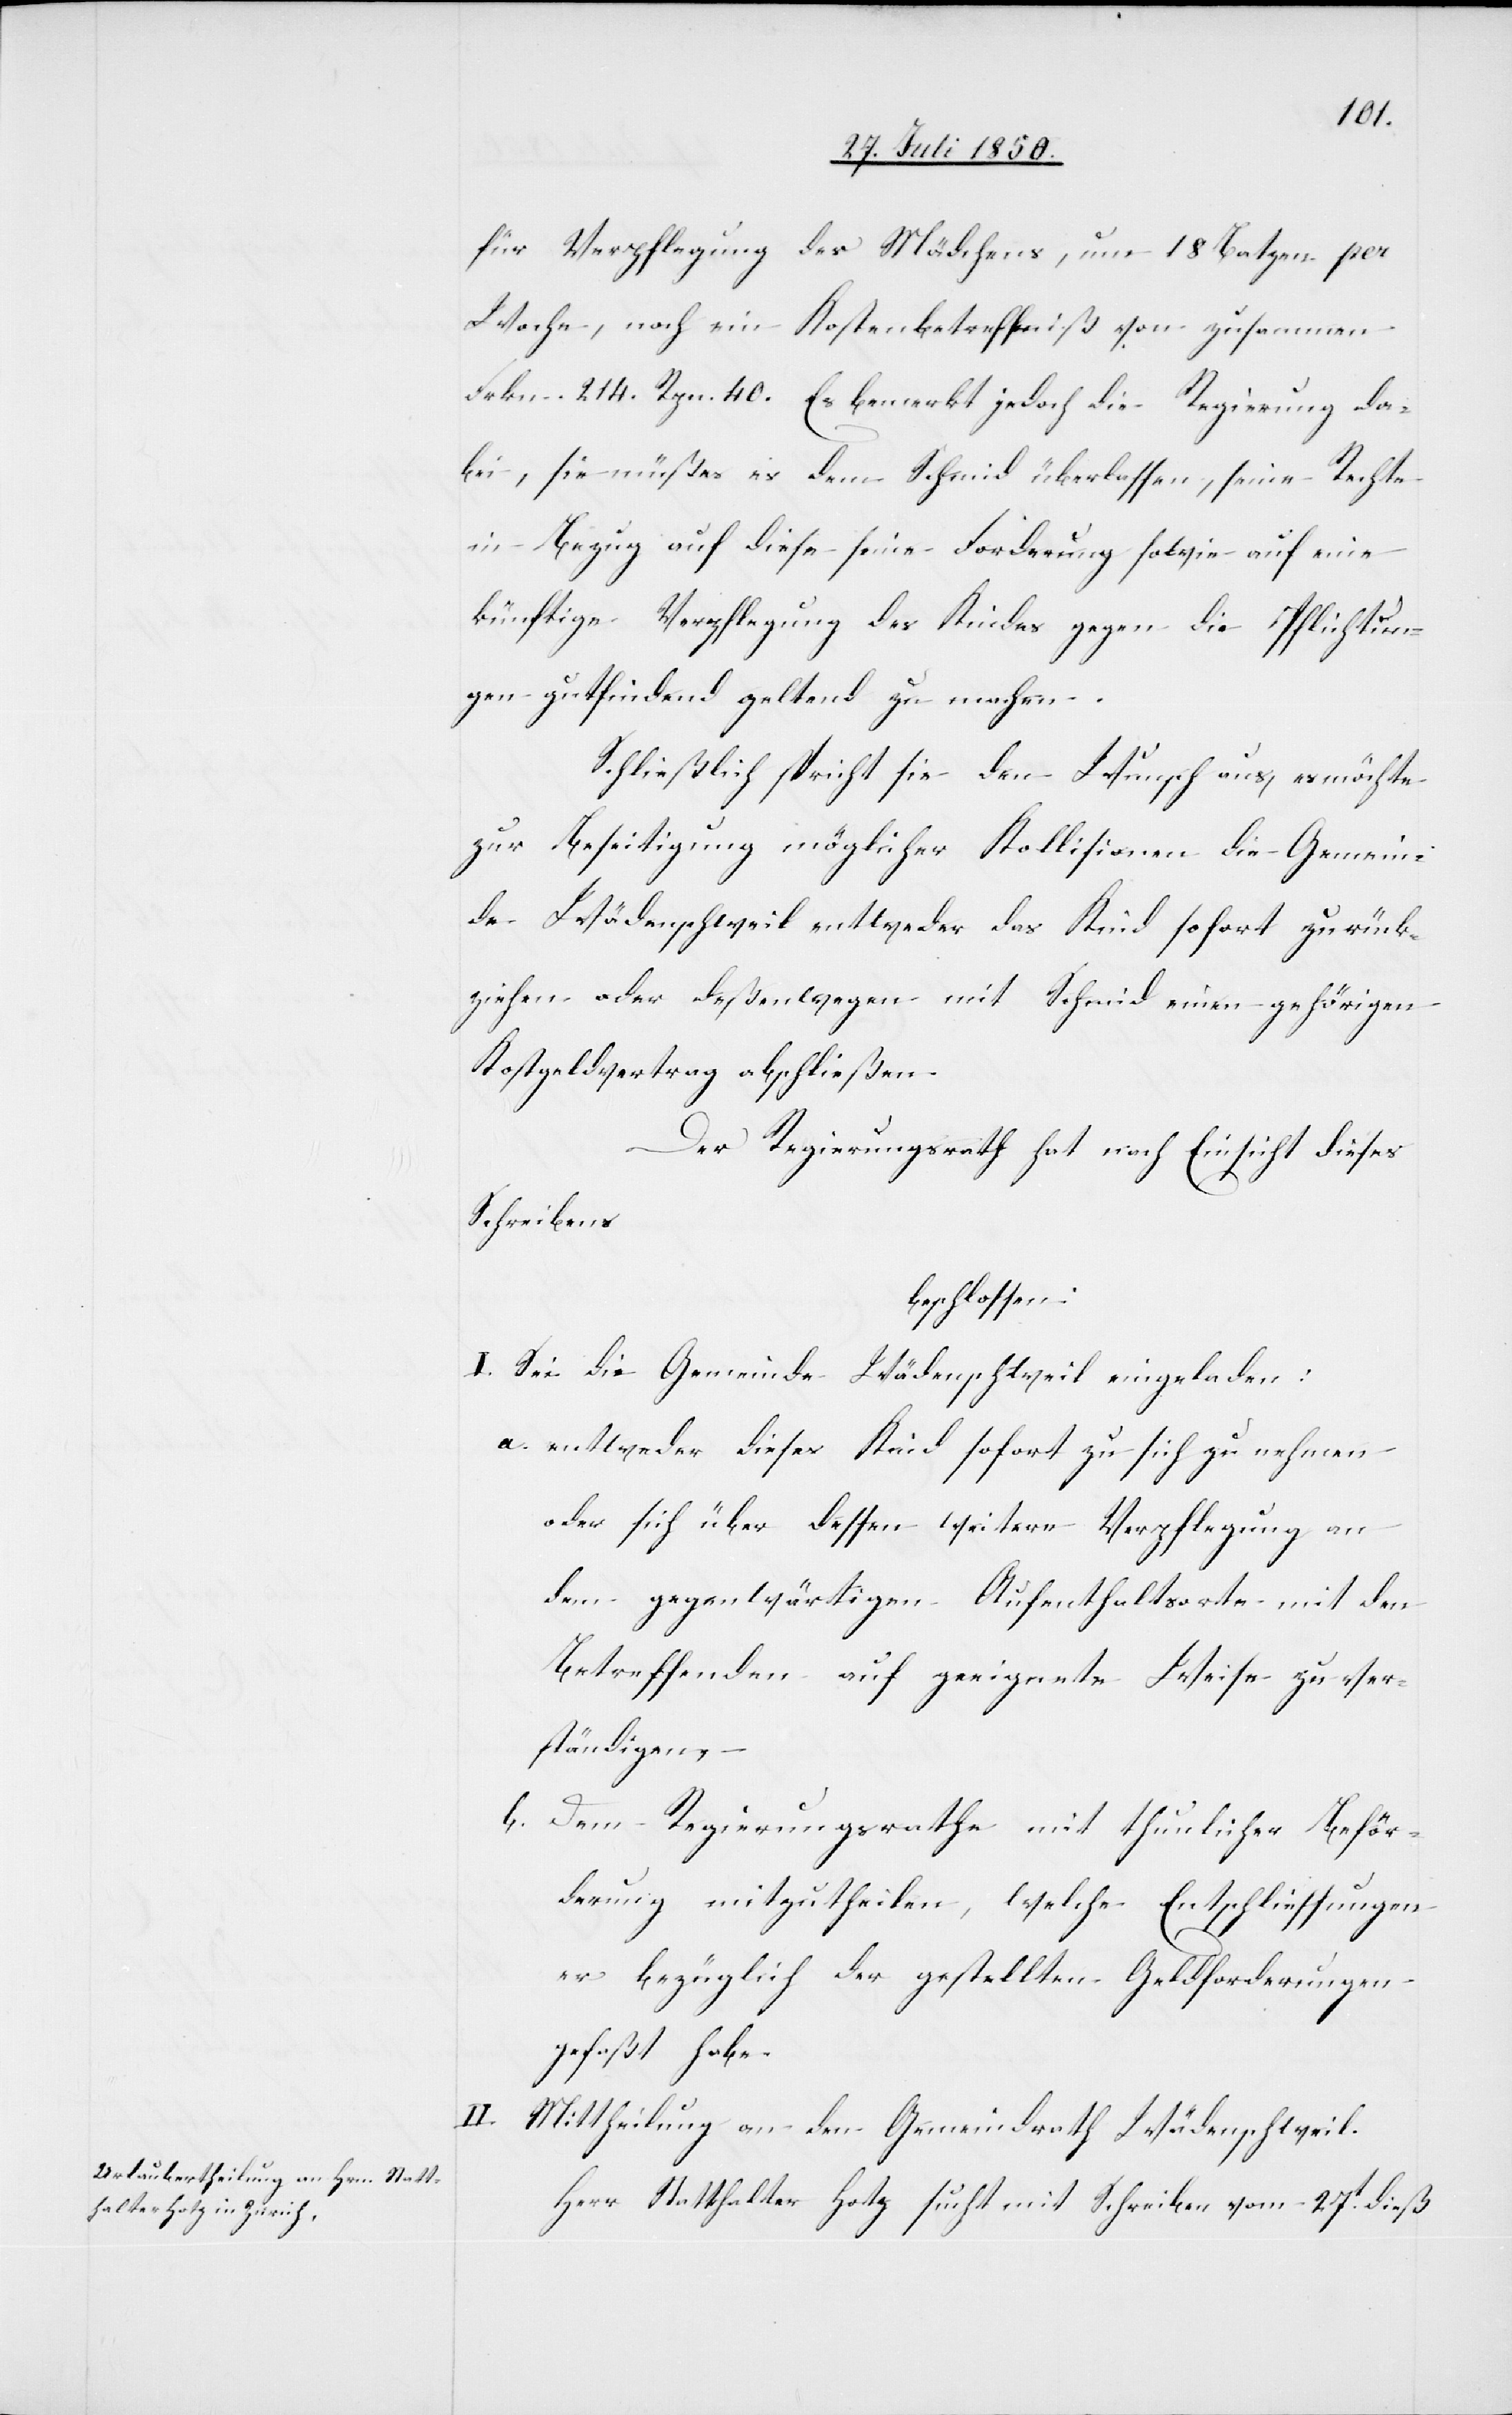
für Verpflegung des Mädchens, um 18 Batzen per
Woche, noch ein Kostenbetreffniß von zusammen
Frkn. 214. Rpn. 40. Es bemerkt jedoch die Regierung da¬
bei, sie müßes [sic!] es dem Schmid überlassen, seine Rechte
in Bezug auf diese seine Forderung sowie auf eine
künftige Verpflegung des Kindes gegen die Pflichtun¬
gen gutfindend geltend zu machen.
Schließlich spricht sie den Wunsch aus, es möchte
zur Beseitigung möglicher Kollisionen die Gemein¬
de Wädenschweil entweder das Kind sofort zurück¬
ziehen oder deßenwegen mit Schmid einen gehörigen
Kostgeldvertrag abschließen.
Der Regierungsrath hat nach Einsicht dieses
Schreibens
beschlossen:
I. Sei die Gemeinde Wädenschweil eingeladen:
a. entweder dieses Kind sofort zu sich zu nehmen
oder sich über dessen weitere Verpflegung an
dem gegenwärtigen Aufenthaltsorte mit den
Betreffenden auf geeignete Weise zu ver¬
ständigen,
b. Dem Regierungsrathe mit thunlicher Beför¬
derung mitzutheilen, welche Entschliessungen
er bezüglich der gestellten Geldforderungen
gefaßt habe.
Mittheilung an den Gemeindrath Wädenschweil.
Herr Statthalter Hotz sucht mit Schreiben vom 27t dieß